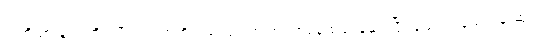
သတို့သားနဲ့ သတို့သမီးရဲ့လက်ကို ရှည်လျားတဲ့ အဝတ်စနဲ့ စည်းနှောင်ပြီး သေတပန်သက်တဆုံး